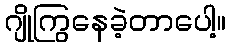
ဂျိုကြွနေခဲ့တာပေါ့။